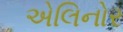
એલિનોર